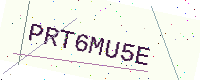
Text: PRT6MU5E